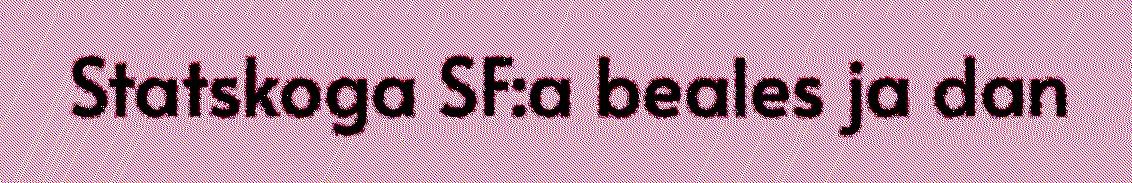
Statskoga SF:a beales ja dan